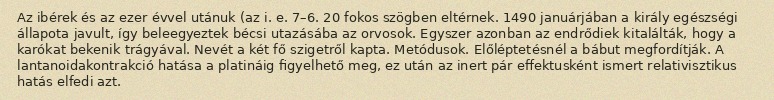
Az ibérek és az ezer évvel utánuk (az i. e. 7–6. 20 fokos szögben eltérnek. 1490 januárjában a király egészségi állapota javult, így beleegyeztek bécsi utazásába az orvosok. Egyszer azonban az endrődiek kitalálták, hogy a karókat bekenik trágyával. Nevét a két fő szigetről kapta. Metódusok. Előléptetésnél a bábut megfordítják. A lantanoidakontrakció hatása a platináig figyelhető meg, ez után az inert pár effektusként ismert relativisztikus hatás elfedi azt.